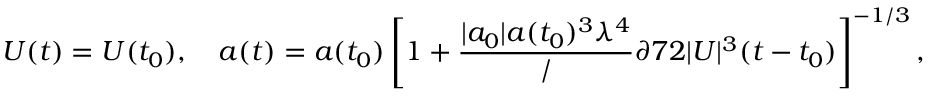
U ( t ) = U ( t _ { 0 } ) , \quad a ( t ) = a ( t _ { 0 } ) \left[ 1 + \frac { | a _ { 0 } | a ( t _ { 0 } ) ^ { 3 } \lambda ^ { 4 } } / { \partial 7 2 | U | ^ { 3 } } ( t - t _ { 0 } ) \right] ^ { - 1 / 3 } ,